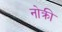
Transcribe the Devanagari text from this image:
नोक्री